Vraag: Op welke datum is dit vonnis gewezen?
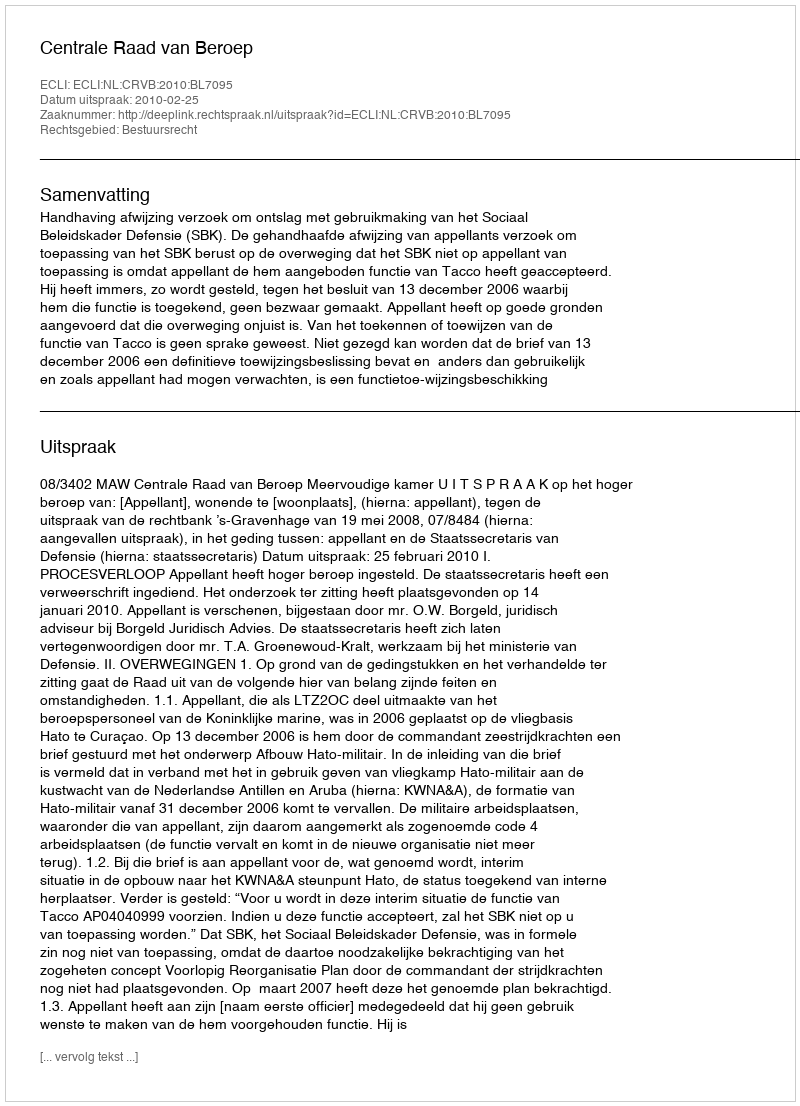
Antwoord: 2010-02-25